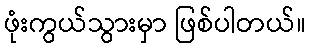
ဖုံးကွယ်သွားမှာ ဖြစ်ပါတယ်။